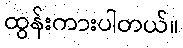
ထွန်းကားပါတယ်။